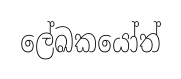
ලේඛකයෝත්